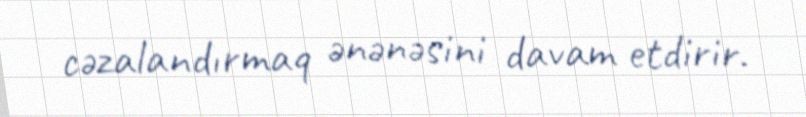
cəzalandırmaq ənənəsini davam etdirir.